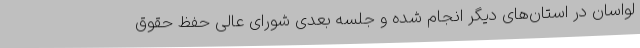
لواسان در استان‌های دیگر انجام شده و جلسه بعدی شورای عالی حفظ حقوق